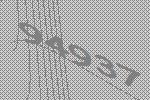
94937